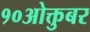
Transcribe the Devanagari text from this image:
१०ओक्तुबर